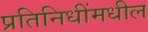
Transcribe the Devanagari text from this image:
प्रतिनिधींमधील